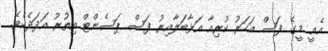
އެއީ މީގެ ފަސް އަހަރު ކުރިއާ އަޅާބަލާއިރު ފަސް ޕަސެންޓް އިތުރު އަދަދެކެވެ.